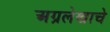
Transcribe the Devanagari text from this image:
अग्रलेखाचे